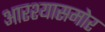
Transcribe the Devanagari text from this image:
आरश्यासमोर